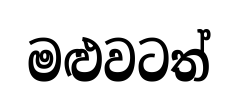
මළුවටත්